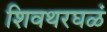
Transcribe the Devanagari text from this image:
शिवथरघळं